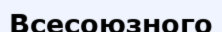
Всесоюзного